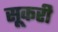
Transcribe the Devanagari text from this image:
सूकरी